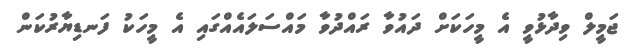
ޖަމީލް ވިދާޅުވީ އެ މީހަކަށް ދައުވާ ރައްދުވާ މައްސަލައެއްގައި އެ މީހަކު ފަނޑިޔާރުކަން